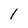
Character: 1